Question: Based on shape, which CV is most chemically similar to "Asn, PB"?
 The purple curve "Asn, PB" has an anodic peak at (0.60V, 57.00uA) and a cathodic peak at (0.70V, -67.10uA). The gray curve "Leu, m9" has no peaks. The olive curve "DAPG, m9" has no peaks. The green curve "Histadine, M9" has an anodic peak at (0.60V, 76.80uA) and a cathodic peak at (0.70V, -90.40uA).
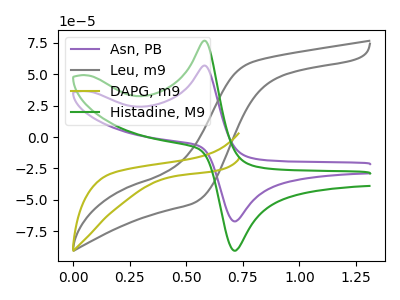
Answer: <think>"Asn, PB" and "Leu, m9" have a different number of peaks. "Asn, PB" and "DAPG, m9" have a different number of peaks. All the peaks in "Asn, PB" have a peak in "Histadine, M9" at the same potential. Every peak in "Asn, PB" is lower than every peak in "Histadine, M9". Neither "Leu, m9" or "DAPG, m9" have any peaks. "Leu, m9" and "Histadine, M9" have a different number of peaks. "DAPG, m9" and "Histadine, M9" have a different number of peaks.
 </think>
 <answer>The CV with the most similar shape to "Histadine, M9" is "Asn, PB".</answer>
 <eval>"Asn, PB"</eval>